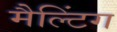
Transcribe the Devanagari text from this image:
मैल्टिंग